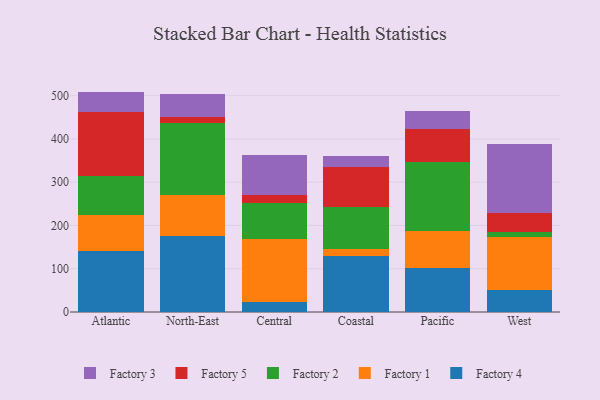
{"axis": {"x": "Region", "y": "Market Share (%)"}, "legend": ["Factory 1", "Factory 2", "Factory 3", "Factory 4", "Factory 5"], "data": [{"x": "Atlantic", "y": 141.2, "type": "Factory 4"}, {"x": "Atlantic", "y": 83.7, "type": "Factory 1"}, {"x": "Atlantic", "y": 89.8, "type": "Factory 2"}, {"x": "Atlantic", "y": 146.9, "type": "Factory 5"}, {"x": "Atlantic", "y": 47.8, "type": "Factory 3"}, {"x": "North-East", "y": 176.5, "type": "Factory 4"}, {"x": "North-East", "y": 93.7, "type": "Factory 1"}, {"x": "North-East", "y": 166.5, "type": "Factory 2"}, {"x": "North-East", "y": 14.5, "type": "Factory 5"}, {"x": "North-East", "y": 53.4, "type": "Factory 3"}, {"x": "Central", "y": 23.3, "type": "Factory 4"}, {"x": "Central", "y": 146.1, "type": "Factory 1"}, {"x": "Central", "y": 82.1, "type": "Factory 2"}, {"x": "Central", "y": 18.1, "type": "Factory 5"}, {"x": "Central", "y": 93.6, "type": "Factory 3"}, {"x": "Coastal", "y": 129.1, "type": "Factory 4"}, {"x": "Coastal", "y": 15.5, "type": "Factory 1"}, {"x": "Coastal", "y": 98.2, "type": "Factory 2"}, {"x": "Coastal", "y": 92.1, "type": "Factory 5"}, {"x": "Coastal", "y": 25.0, "type": "Factory 3"}, {"x": "Pacific", "y": 102.0, "type": "Factory 4"}, {"x": "Pacific", "y": 86.2, "type": "Factory 1"}, {"x": "Pacific", "y": 159.3, "type": "Factory 2"}, {"x": "Pacific", "y": 76.4, "type": "Factory 5"}, {"x": "Pacific", "y": 39.8, "type": "Factory 3"}, {"x": "West", "y": 51.3, "type": "Factory 4"}, {"x": "West", "y": 121.4, "type": "Factory 1"}, {"x": "West", "y": 12.8, "type": "Factory 2"}, {"x": "West", "y": 43.2, "type": "Factory 5"}, {"x": "West", "y": 159.1, "type": "Factory 3"}]}